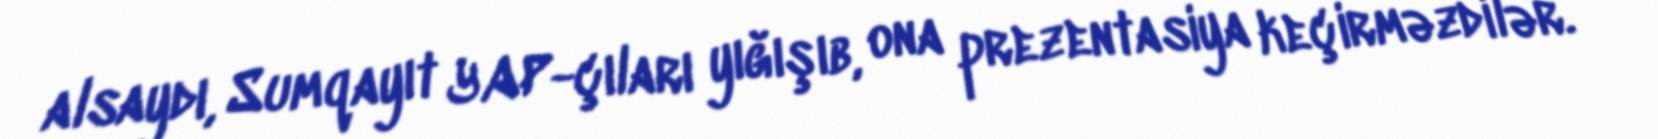
alsaydı, Sumqayıt YAP-çıları yığışıb, ona prezentasiya keçirməzdilər.